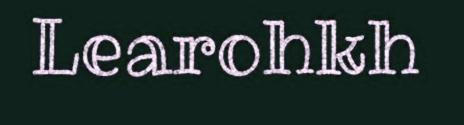
Learohkh